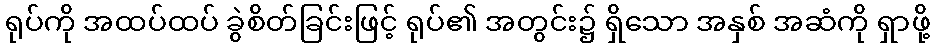
ရုပ်ကို အထပ်ထပ် ခွဲစိတ်ခြင်းဖြင့် ရုပ်၏ အတွင်း၌ ရှိသော အနှစ် အဆံကို ရှာဖို့